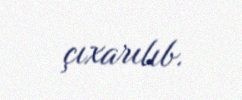
çıxarılıb.